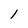
Character: 1